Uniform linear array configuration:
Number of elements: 32
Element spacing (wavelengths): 0.75
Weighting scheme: hamming
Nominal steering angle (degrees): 45
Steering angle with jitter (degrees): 45.852
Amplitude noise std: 0.05
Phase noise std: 0.05

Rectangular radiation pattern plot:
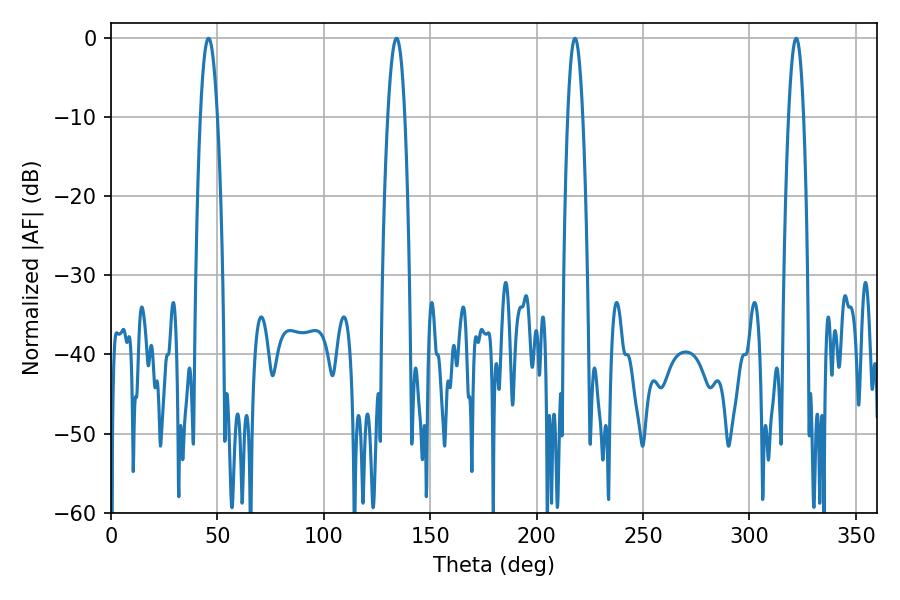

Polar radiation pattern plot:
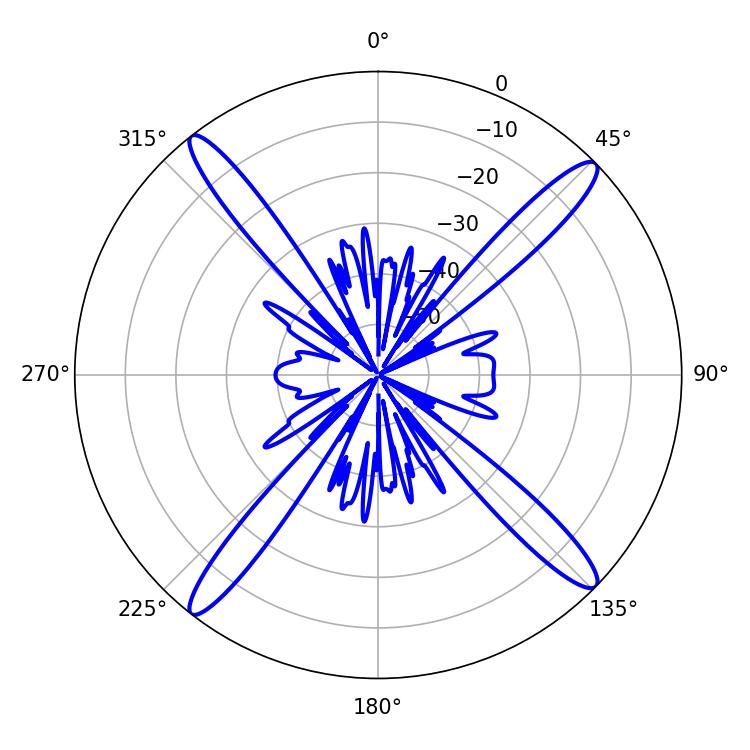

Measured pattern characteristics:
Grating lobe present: TRUE
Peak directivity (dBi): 18.4
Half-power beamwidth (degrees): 3.78
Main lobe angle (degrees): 217.98